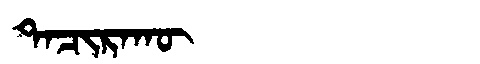
Manchu: ᡨᠠᠴᡳᡵᠠᡴᡡ
Romanization: TACIRAKŪ